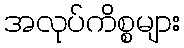
အလုပ်ကိစ္စများ